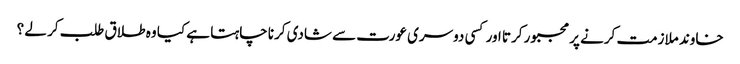
خاوند ملازمت کرنے پر مجبور کرتا اور کسی دوسری عورت سے شادی کرنا چاہتا ہے کیا وہ طلاق طلب کر لے ؟